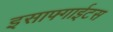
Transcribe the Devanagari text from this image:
इसाफ्गाईटस